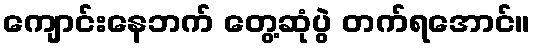
ကျောင်းနေဘက် တွေ့ဆုံပွဲ တက်ရအောင်။